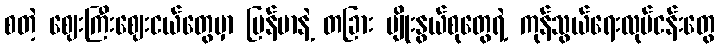
စတဲ့ ဈေးကြီးဈေးငယ်တွေမှာ မြန်မာနဲ့ တခြား မျိုးနွယ်စုတွေရဲ့ ကုန်သွယ်ရေးလုပ်ငန်းတွေ